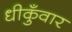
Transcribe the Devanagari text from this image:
धीकुँवार